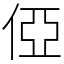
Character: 俹